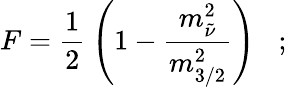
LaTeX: F=\frac{1}{2}\: \left(1-\frac{m_{\tilde{\nu}}^{2}}{m_{3/2}^{2}}\right)\; \; \; ;